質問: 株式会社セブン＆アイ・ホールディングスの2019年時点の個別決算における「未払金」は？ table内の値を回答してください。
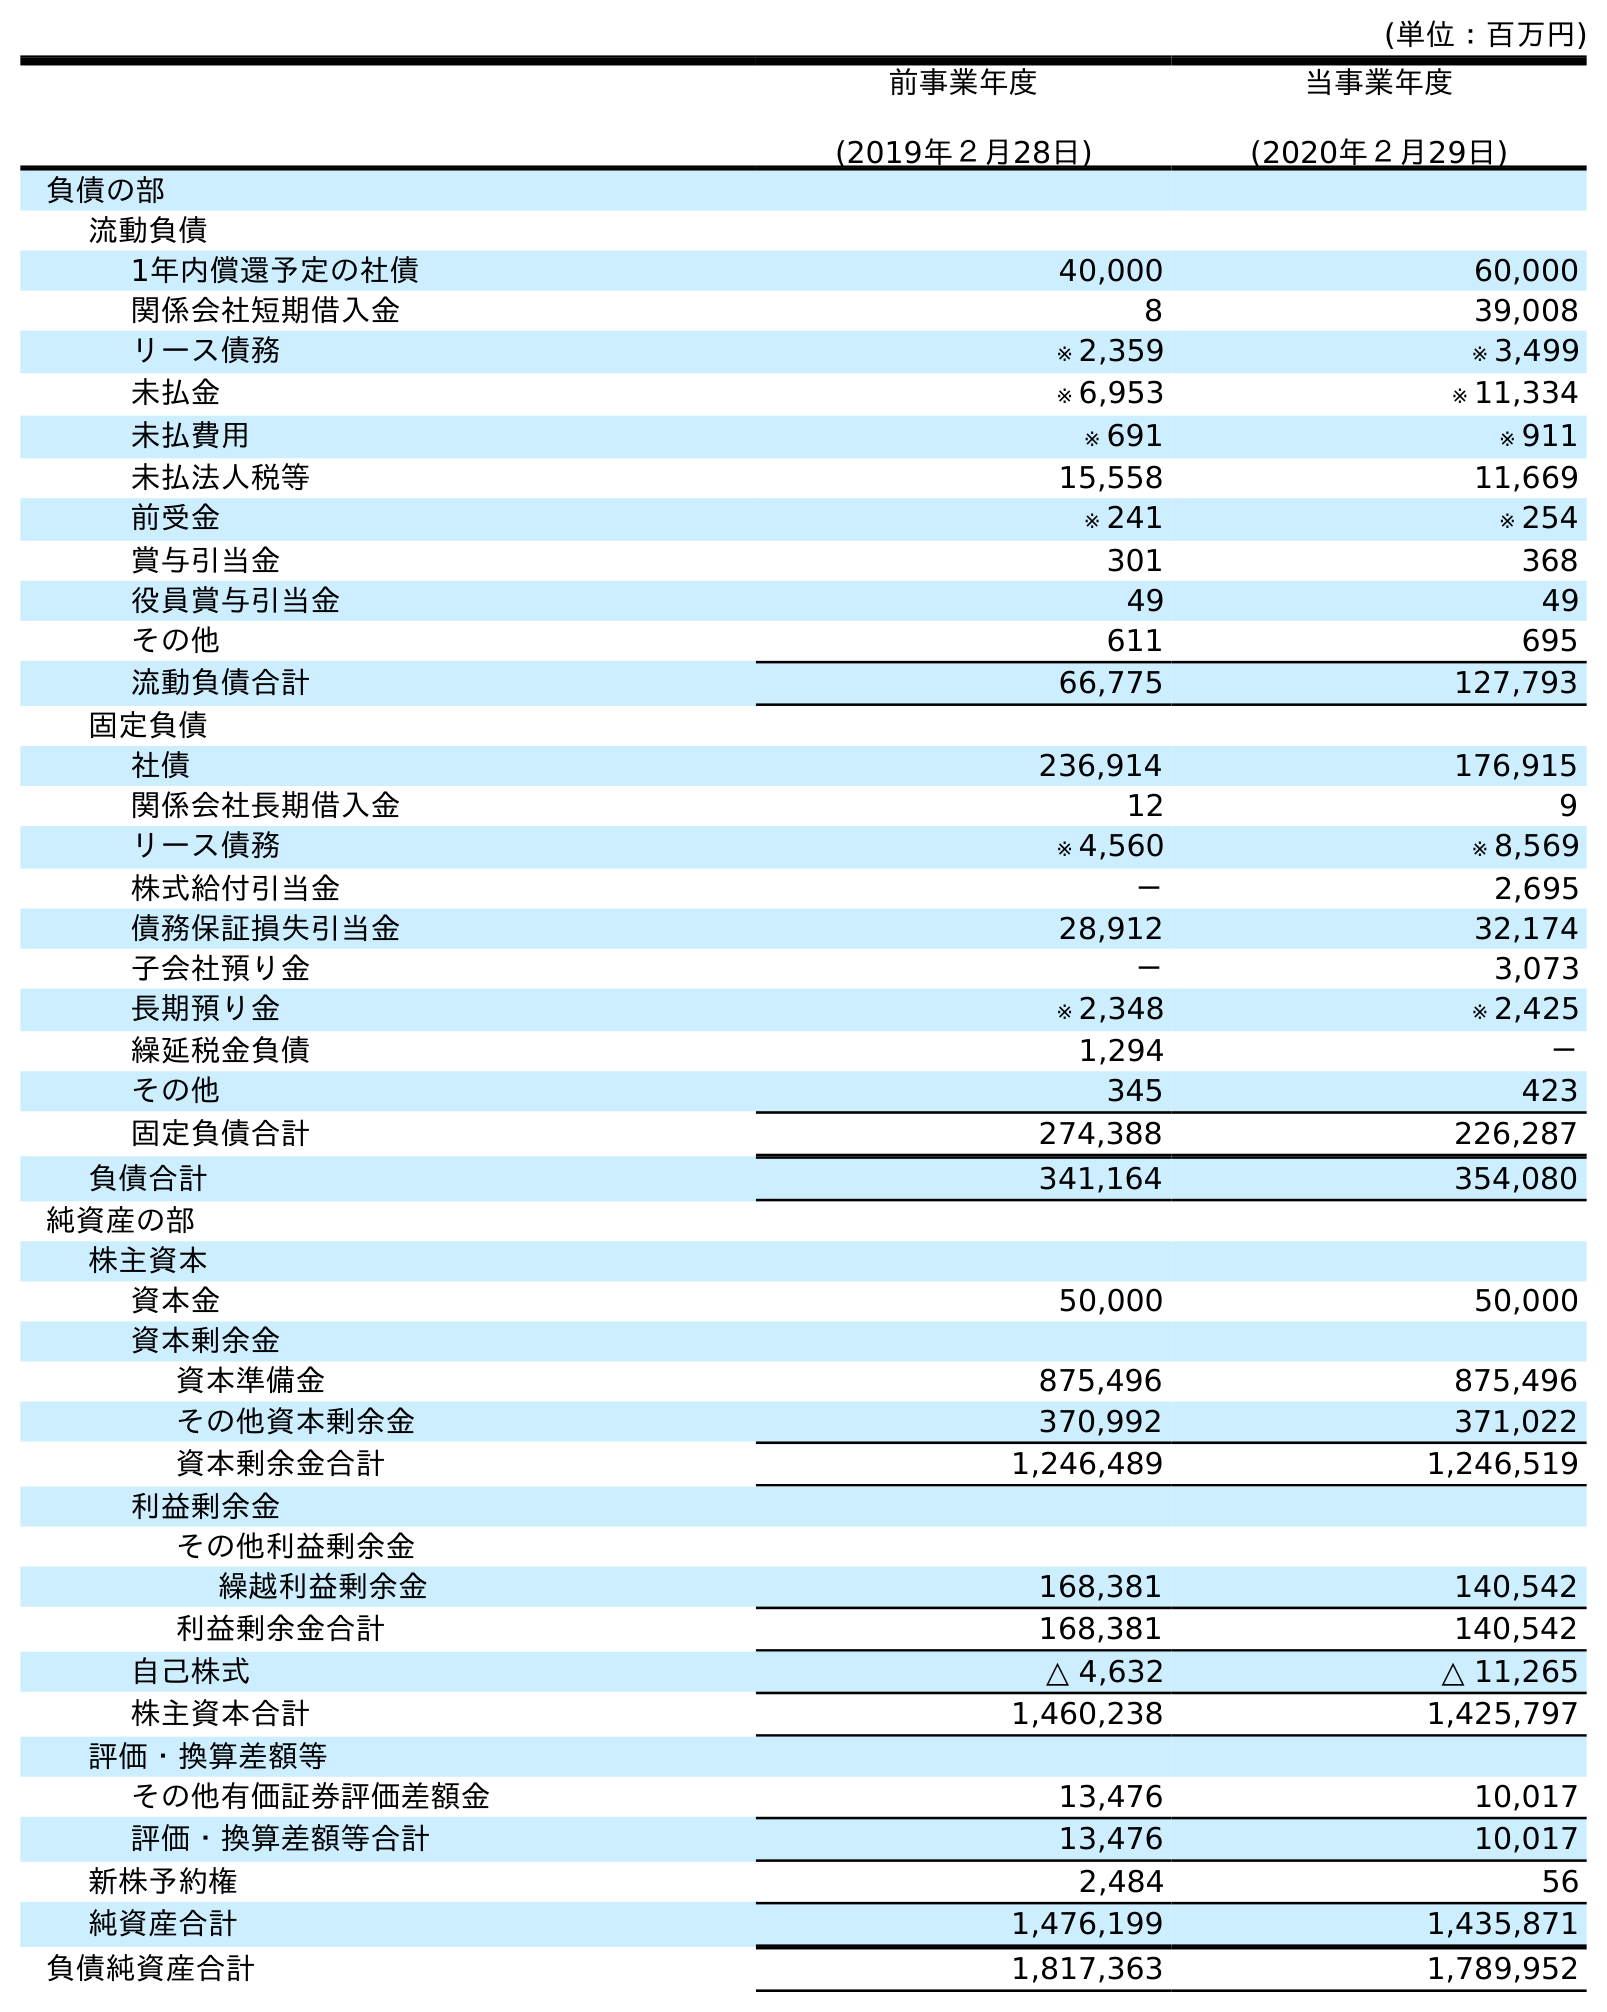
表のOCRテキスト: (単位：百万円) 前事業年度 (2019年２月28日) 当事業年度 (2020年２月29日) 負債の部 流動負債 1年内償還予定の社債 40,000 60,000 関係会社短期借入金 8 39,008 リース債務 ※ 2,359 ※ 3,499 未払金 ※ 6,953 ※ 11,334 未払費用 ※ 691 ※ 911 未払法人税等 15,558 11,669 前受金 ※ 241 ※ 254 賞与引当金 301 368 役員賞与引当金 49 49 その他 611 695 流動負債合計 66,775 127,793 固定負債 社債 236,914 176,915 関係会社長期借入金 12 9 リース債務 ※ 4,560 ※ 8,569 株式給付引当金 － 2,695 債務保証損失引当金 28,912 32,174 子会社預り金 － 3,073 長期預り金 ※ 2,348 ※ 2,425 繰延税金負債 1,294 － その他 345 423 固定負債合計 274,388 226,287 負債合計 341,164 354,080 純資産の部 株主資本 資本金 50,000 50,000 資本剰余金 資本準備金 875,496 875,496 その他資本剰余金 370,992 371,022 資本剰余金合計 1,246,489 1,246,519 利益剰余金 その他利益剰余金 繰越利益剰余金 168,381 140,542 利益剰余金合計 168,381 140,542 自己株式 △ 4,632 △ 11,265 株主資本合計 1,460,238 1,425,797 評価・換算差額等 その他有価証券評価差額金 13,476 10,017 評価・換算差額等合計 13,476 10,017 新株予約権 2,484 56 純資産合計 1,476,199 1,435,871 負債純資産合計 1,817,363 1,789,952
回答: ※6,953